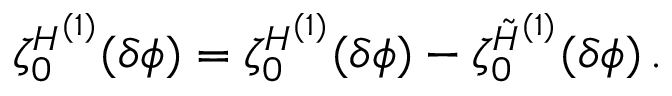
\zeta _ { 0 } ^ { H ^ { ( 1 ) } } ( \delta \phi ) = \zeta _ { 0 } ^ { { \cal H } ^ { ( 1 ) } } ( \delta \phi ) - \zeta _ { 0 } ^ { \tilde { H } ^ { ( 1 ) } } ( \delta \phi ) \, .